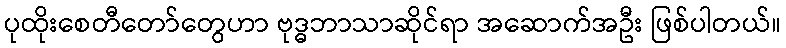
ပုထိုးစေတီတော်တွေဟာ ဗုဒ္ဓဘာသာဆိုင်ရာ အဆောက်အဦး ဖြစ်ပါတယ်။